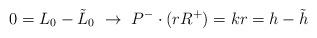
LaTeX: \begin{align*}0=L_0-\tilde L_0~\rightarrow~ P^-\cdot(rR^+)=kr=h-\tilde h\end{align*}